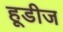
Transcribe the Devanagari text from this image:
हूडीज